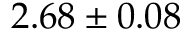
2 . 6 8 \pm 0 . 0 8